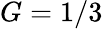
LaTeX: G=1/3